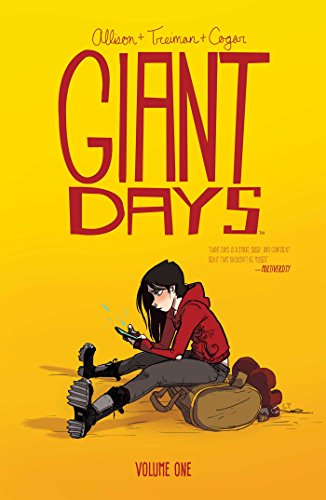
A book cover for Giant Days Vol. 1; John Allison; Comics & Graphic Novels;